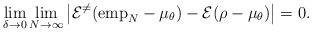
LaTeX: \begin{align*} \lim_{\delta \to 0} \lim_{N \to \infty} \left| \mathcal{E}^{\neq}({\rm emp}_{N} - \mu_{\theta}) - \mathcal{E}(\rho - \mu_{\theta}) \right| =0.\end{align*}